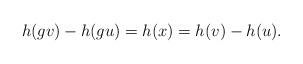
LaTeX: \begin{align*}h(gv)-h(gu) = h(x) = h(v)-h(u).\end{align*}